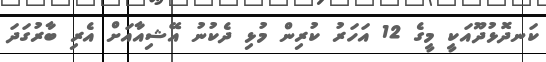
ކަނދޮޅުދޫއަކީ މީގެ 12 އަހަރު ކުރިން މުޅި ދެކުނު އޭޝިއާއަށް އެރި ބާރުގަދަ